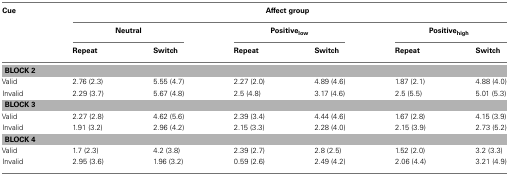
<table><thead><tr><td><b>Cue</b></td><td colspan="6"><b>Affect group</b></td></tr><tr><td></td><td colspan="2"><b>Neutral</b></td><td colspan="2"><b>Positive<sub>low</sub></b></td><td colspan="2"><b>Positive<sub>high</sub></b></td></tr><tr><td></td><td><b>Repeat</b></td><td><b>Switch</b></td><td><b>Repeat</b></td><td><b>Switch</b></td><td><b>Repeat</b></td><td><b>Switch</b></td></tr></thead><tbody><tr><td colspan="7"><b>BLOCK 2</b></td></tr><tr><td>Valid</td><td>2.76 (2.3)</td><td>5.55 (4.7)</td><td>2.27 (2.0)</td><td>4.89 (4.6)</td><td>1.87 (2.1)</td><td>4.88 (4.0)</td></tr><tr><td>Invalid</td><td>2.29 (3.7)</td><td>5.67 (4.8)</td><td>2.5 (4.8)</td><td>3.17 (4.6)</td><td>2.5 (5.5)</td><td>5.01 (5.3)</td></tr><tr><td colspan="7"><b>BLOCK 3</b></td></tr><tr><td>Valid</td><td>2.27 (2.8)</td><td>4.62 (5.6)</td><td>2.39 (3.4)</td><td>4.44 (4.6)</td><td>1.67 (2.8)</td><td>4.15 (3.9)</td></tr><tr><td>Invalid</td><td>1.91 (3.2)</td><td>2.96 (4.2)</td><td>2.15 (3.3)</td><td>2.28 (4.0)</td><td>2.15 (3.9)</td><td>2.73 (5.2)</td></tr><tr><td colspan="7"><b>BLOCK 4</b></td></tr><tr><td>Valid</td><td>1.7 (2.3)</td><td>4.2 (3.8)</td><td>2.39 (2.7)</td><td>2.8 (2.5)</td><td>1.52 (2.0)</td><td>3.2 (3.3)</td></tr><tr><td>Invalid</td><td>2.95 (3.6)</td><td>1.96 (3.2)</td><td>0.59 (2.6)</td><td>2.49 (4.2)</td><td>2.06 (4.4)</td><td>3.21 (4.9)</td></tr></tbody></table>